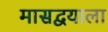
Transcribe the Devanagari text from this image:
मासद्वयाला